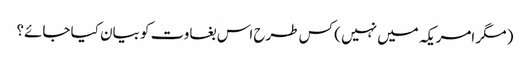
( مگر امریکہ میں نہیں ) کس طرح اس بغاوت کو بیان کیا جائے؟